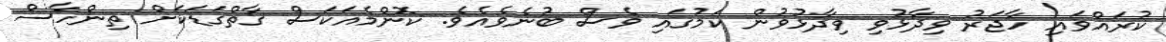
ކުރައްވައި ހާޖަރު ވިދާޅުވި ވިދާޅުވުން ކަމުގައި ވެސް ބުނެވެއެވެ. ކޮންމެއަކަސް ގާތްގަޑަކަށް ތިންހާސް